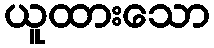
ယူထားသော